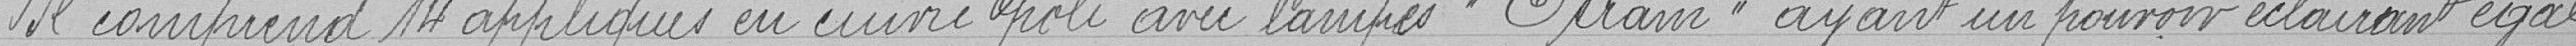
Il comprend 14 appliques en cuivre poli avec lampes "Otram" ayant un pouvoir éclairant égal,